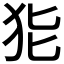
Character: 𱭳